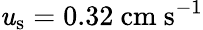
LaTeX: \mathit{u}_{\mathrm{{s}}}=0.32~\textrm{{cm}}~\textrm{{s}}^{-1}